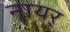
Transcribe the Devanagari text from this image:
नायर्